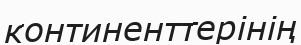
континенттерінің